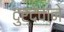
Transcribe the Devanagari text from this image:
दुर्देवाने